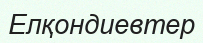
Елқондиевтер